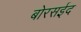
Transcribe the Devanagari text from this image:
बोरसईद